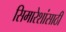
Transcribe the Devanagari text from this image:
सिमारेशांसाठी